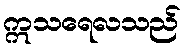
ဣသရေလသည်